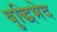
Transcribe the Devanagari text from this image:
बुद्धिभेद